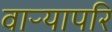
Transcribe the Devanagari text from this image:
वाऱ्यापरि